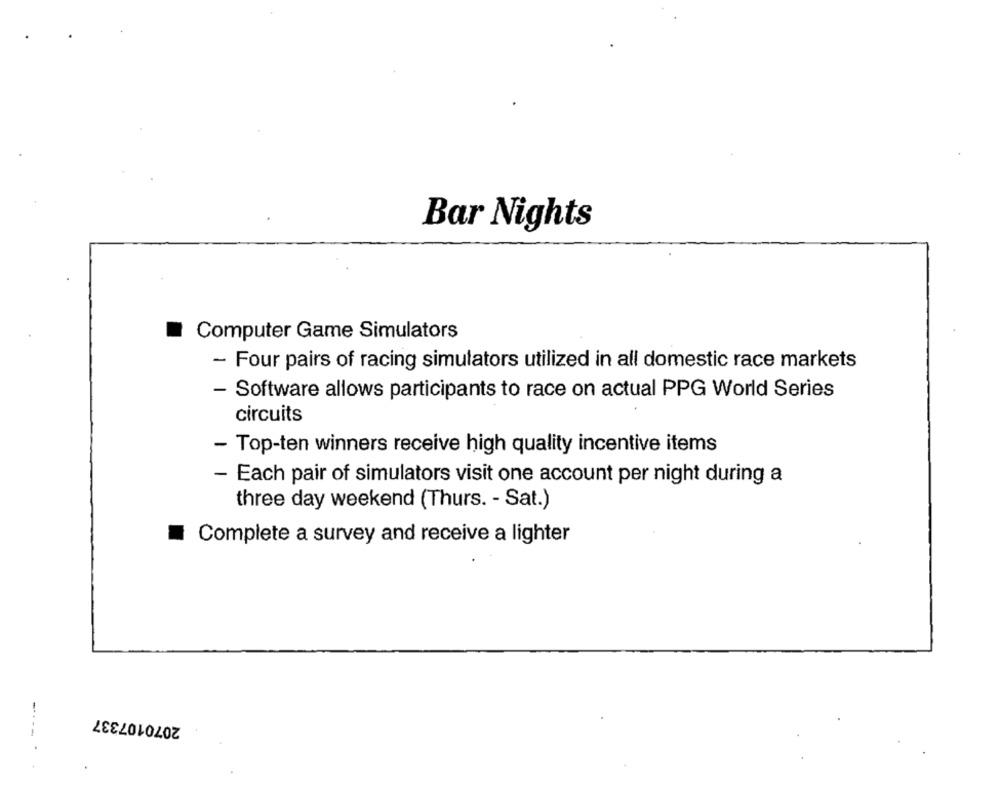
Bar Nights
Computer Game Simulators
- Four pairs of racing simulators utilized in all domestic race markets
- Software allows participants to race on actual PPG World Series
circuits
- Top-ten winners receive high quality incentive items
- Each pair of simulators visit one account per night during a
three day weekend (Thurs. - Sat.)
Complete a survey and receive a lighter
2070107337
----- .